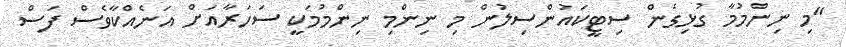
"މި ނިންމުމާ ގުޅިގެން ސިޓީކައުންސިލުން މި ނިންމި ނިންމުމަކީ ސަހަރާއަށް އަނެއްކާވެސް ފަސް